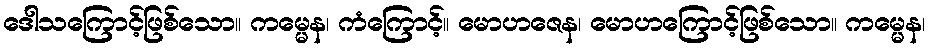
ဒေါသကြောင့်ဖြစ်သော။ ကမ္မေန၊ ကံကြောင့်။ မောဟဇေန၊ မောဟကြောင့်ဖြစ်သော။ ကမ္မေန၊